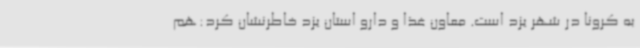
به کرونا در شهر یزد است. معاون غذا و دارو استان یزد خاطرنشان کرد:هم